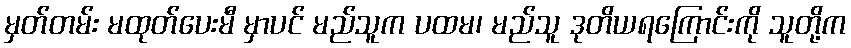
မှတ်တမ်း မထုတ်ပေးမီ မှာပင် မည်သူက ပထမ၊ မည်သူ ဒုတိယရကြောင်းကို သူတို့က